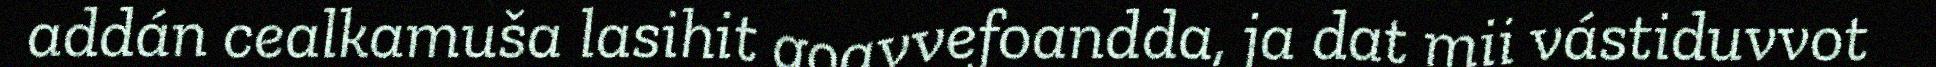
addán cealkamuša lasihit goavvefoandda, ja dat mii vástiduvvot